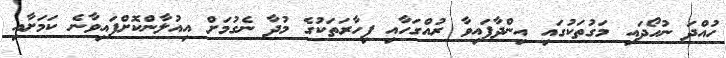
ހުއްދަ ނުހޯދައި މަގުތަކުގައި އިންދާފައިވާ ރުއްގަހާއި ފިހާރަތަކުގެ މުދާ ނެގުމަށް އިއުލާންކޮށްފައިވާނެ ކަމަށާއި